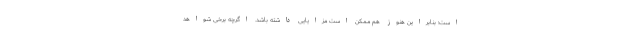
است؛ بنابراین هنوز هم ممکن است مزایایی داشته باشد. اگرچه برخی شواهد